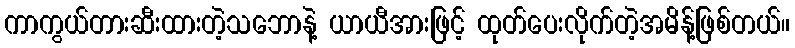
ကာကွယ်တားဆီးထားတဲ့သဘောနဲ့ ယာယီအားဖြင့် ထုတ်ပေးလိုက်တဲ့အမိန့်ဖြစ်တယ်။